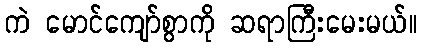
ကဲ မောင်ကျော်စွာကို ဆရာကြီးမေးမယ်။